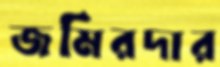
জমিরদার